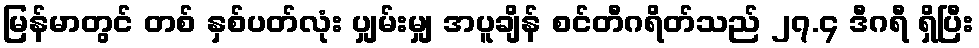
မြန်မာတွင် တစ် နှစ်ပတ်လုံး ပျှမ်းမျှ အပူချိန် စင်တီဂရိတ်သည် ၂၇.၄ ဒီဂရီ ရှိပြီး